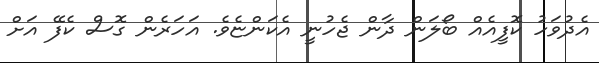
އެދުވަހު ކޮފީއެއް ބޯލަން ދާން ޖެހުނީ އެކަންޏެވެ. އަހަރެން ގޮސް ކެފޭ އަށް